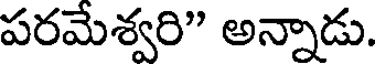
పరమేశ్వరి" అన్నాడు.